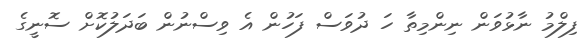
ފިލްމު ނާޅުވަން ނިންމިތާ ހަ ދުވަސް ފަހުން އެ ވިސްނުން ބަދަލުކޮށް ސޮނީގެ